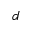
d